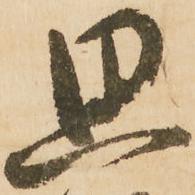
思